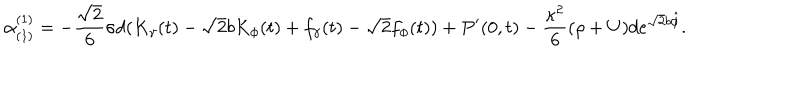
LaTeX: \alpha _ { ( 1 ) } ^ { ( 1 ) } = - \frac { \sqrt { 2 } } { 6 } \sigma d ( K _ { \gamma } ( t ) - \sqrt { 2 } b K _ { \phi } ( t ) + f _ { \gamma } ( t ) - \sqrt { 2 } f _ { \phi } ( t ) ) + P ^ { \prime } ( 0 , t ) - \frac { \kappa ^ { 2 } } { 6 } ( \rho + U ) d e ^ { \sqrt { 2 } b \hat { \phi } } .